Civil Veterinary Department. Madras. Admin. report 1926-33 - 1926-1933
Year: 1926
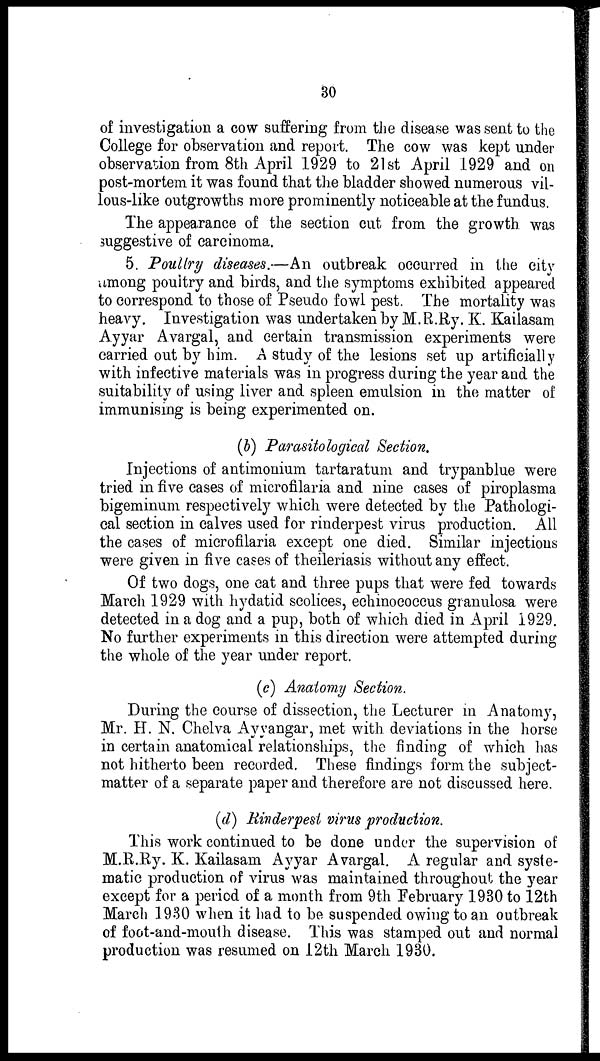
30
of investigation a cow suffering from the disease was sent to the
College for observation and report. The cow was kept under
observation from 8th April 1929 to 21st April 1929 and on
post-mortem it was found that the bladder showed numerous vil-
lous-like outgrowths more prominently noticeable at the fundus.
The appearance of the section cut from the growth was
suggestive of carcinoma.
5. Poultry diseases.—An outbreak occurred in the city
among poultry and birds, and the symptoms exhibited appeared
to correspond to those of Pseudo fowl pest. The mortality was
heavy. Investigation was undertaken by M.R.Ry. K. Kailasam
Ayyar Avargal, and certain transmission experiments were
carried out by him. A study of the lesions set up artificially
with infective materials was in progress during the year and the
suitability of using liver and spleen emulsion in the matter of
immunising is being experimented on.
(b) Parasitological Section.
Injections of antimonium tartaratum and trypanblue were
tried in five cases of microfilaria and nine cases of piroplasma
bigeminum respectively which were detected by the Pathologi-
cal section in calves used for rinderpest virus production. All
the cases of microfilaria except one died. Similar injections
were given in five cases of theileriasis without any effect.
Of two dogs, one cat and three pups that were fed towards
March 1929 with hydatid scolices, echinococcus granulosa were
detected in a dog and a pup, both of which died in April 1929.
No further experiments in this direction were attempted during
the whole of the year under report.
(c) Anatomy Section.
During the course of dissection, the Lecturer in Anatomy,
Mr. H. N. Chelva Ayyangar, met with deviations in the horse
in certain anatomical relationships, the finding of which has
not hitherto been recorded. These findings form the subject-
matter of a separate paper and therefore are not discussed here.
(d) Rinderpest virus production.
This work continued to be done under the supervision of
M.R.Ry. K. Kailasam Ayyar Avargal. A regular and syste-
matic production of virus was maintained throughout the year
except for a period of a month from 9th February 1930 to 12th
March 1930 when it had to be suspended owing to an outbreak
of foot-and-mouth disease. This was stamped out and normal
production was resumed on 12th March 1930.